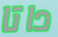
داتا